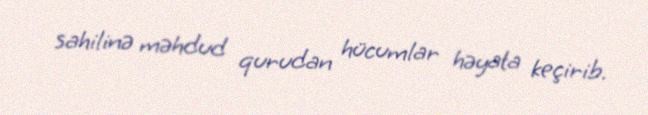
sahilinə məhdud qurudan hücumlar həyata keçirib.